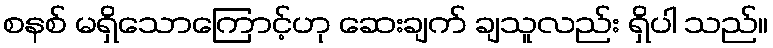
စနစ် မရှိသောကြောင့်ဟု ဆေးချက် ချသူလည်း ရှိပါ သည်။